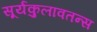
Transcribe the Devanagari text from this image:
सूर्यकुलावतन्स